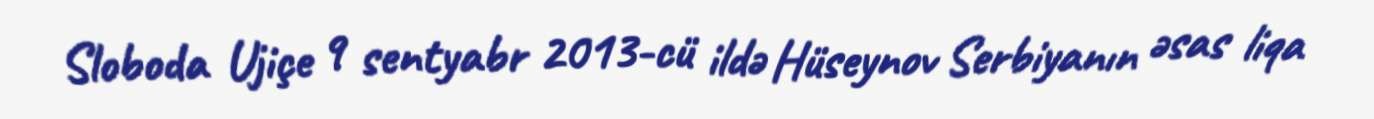
Sloboda Ujiçe 9 sentyabr 2013-cü ildə Hüseynov Serbiyanın əsas liqa